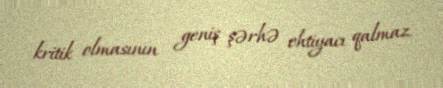
kritik olmasının geniş şərhə ehtiyacı qalmaz.